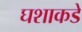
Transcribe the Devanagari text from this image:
घशाकडे